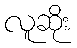
လူဆိုး